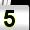
Digit: 5